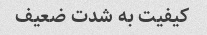
کیفیت به شدت ضعیف